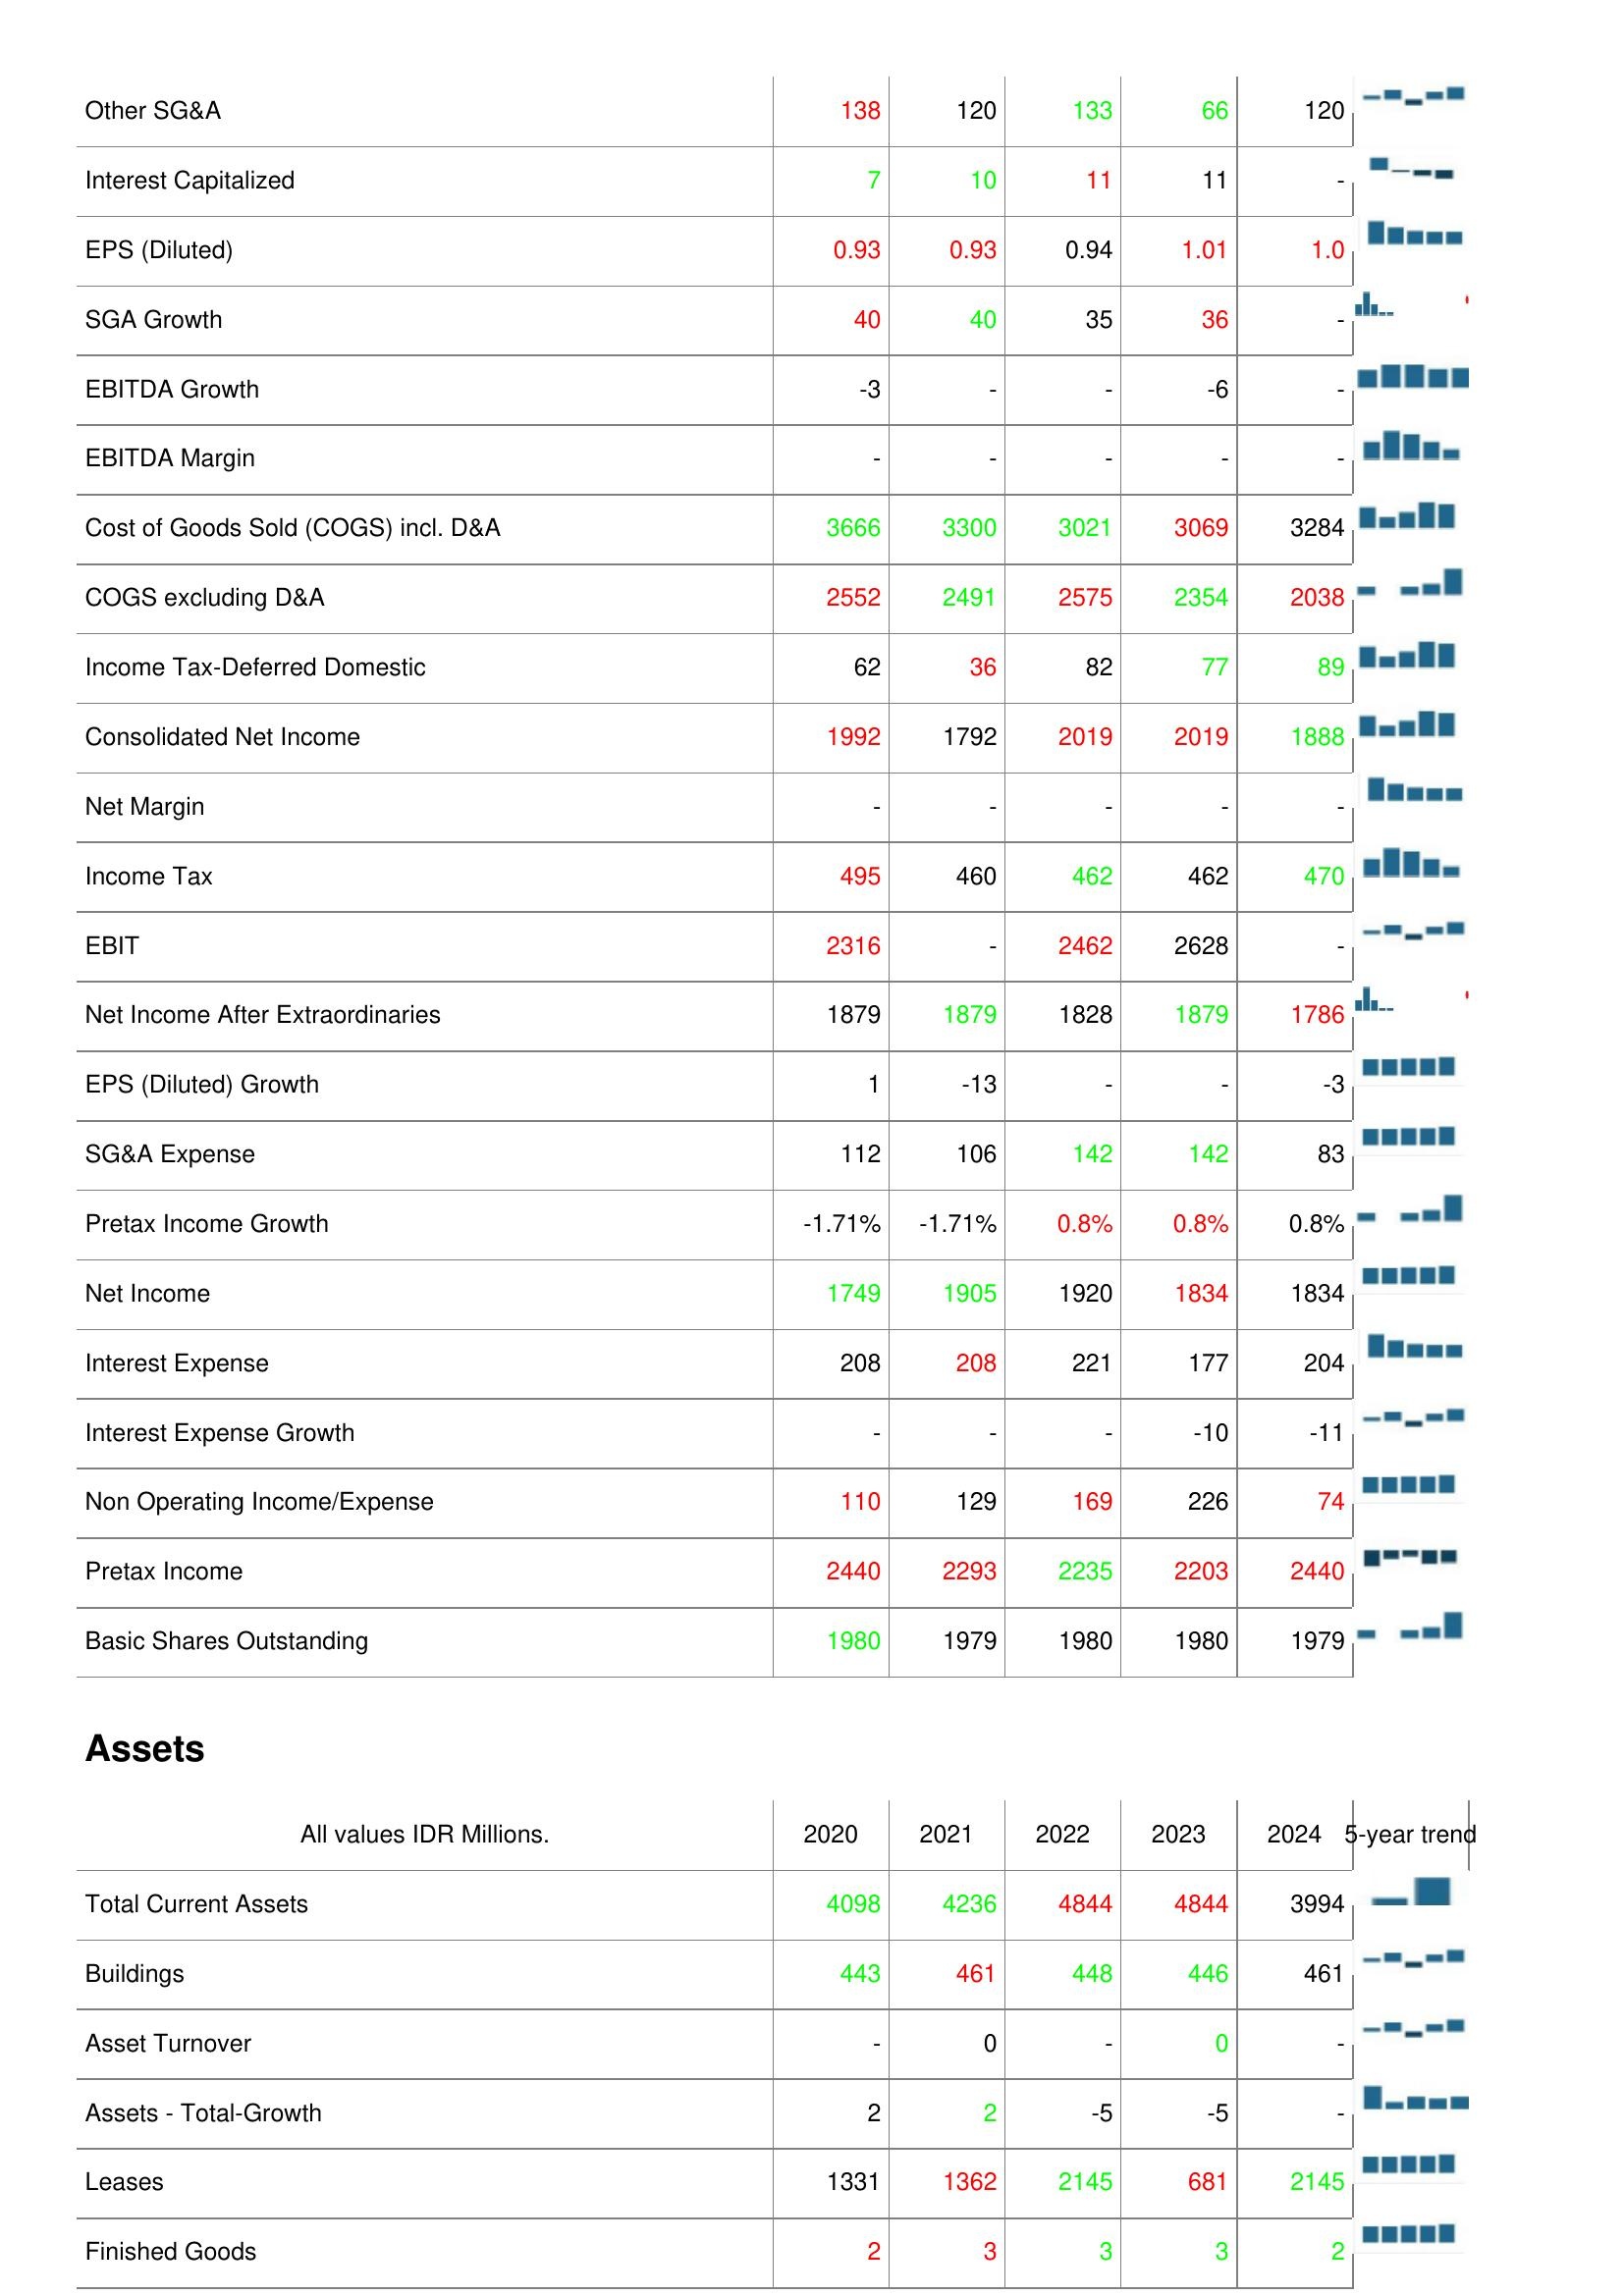
2020: : Other SG&A: 138
Interest Capitalized: 7
EPS (Diluted): 0.93
SGA Growth: 40
EBITDA Growth: -3
EBITDA Margin: -
Cost of Goods Sold (COGS) incl. D&A: 3666
COGS excluding D&A: 2552
Income Tax-Deferred Domestic: 62
Consolidated Net Income: 1992
Net Margin: -
Income Tax: 495
EBIT: 2316
Net Income After Extraordinaries: 1879
EPS (Diluted) Growth: 1
SG&A Expense: 112
Pretax Income Growth: -1.71%
Net Income: 1749
Interest Expense: 208
Interest Expense Growth: -
Non Operating Income/Expense: 110
Pretax Income: 2440
Basic Shares Outstanding: 1980
Assets: Total Current Assets: 4098
Buildings: 443
Asset Turnover: -
Assets - Total-Growth: 2
Leases: 1331
Finished Goods: 2
2021: : Other SG&A: 120
Interest Capitalized: 10
EPS (Diluted): 0.93
SGA Growth: 40
EBITDA Growth: -
EBITDA Margin: -
Cost of Goods Sold (COGS) incl. D&A: 3300
COGS excluding D&A: 2491
Income Tax-Deferred Domestic: 36
Consolidated Net Income: 1792
Net Margin: -
Income Tax: 460
EBIT: -
Net Income After Extraordinaries: 1879
EPS (Diluted) Growth: -13
SG&A Expense: 106
Pretax Income Growth: -1.71%
Net Income: 1905
Interest Expense: 208
Interest Expense Growth: -
Non Operating Income/Expense: 129
Pretax Income: 2293
Basic Shares Outstanding: 1979
Assets: Total Current Assets: 4236
Buildings: 461
Asset Turnover: 0
Assets - Total-Growth: 2
Leases: 1362
Finished Goods: 3
2022: : Other SG&A: 133
Interest Capitalized: 11
EPS (Diluted): 0.94
SGA Growth: 35
EBITDA Growth: -
EBITDA Margin: -
Cost of Goods Sold (COGS) incl. D&A: 3021
COGS excluding D&A: 2575
Income Tax-Deferred Domestic: 82
Consolidated Net Income: 2019
Net Margin: -
Income Tax: 462
EBIT: 2462
Net Income After Extraordinaries: 1828
EPS (Diluted) Growth: -
SG&A Expense: 142
Pretax Income Growth: 0.8%
Net Income: 1920
Interest Expense: 221
Interest Expense Growth: -
Non Operating Income/Expense: 169
Pretax Income: 2235
Basic Shares Outstanding: 1980
Assets: Total Current Assets: 4844
Buildings: 448
Asset Turnover: -
Assets - Total-Growth: -5
Leases: 2145
Finished Goods: 3
2023: : Other SG&A: 66
Interest Capitalized: 11
EPS (Diluted): 1.01
SGA Growth: 36
EBITDA Growth: -6
EBITDA Margin: -
Cost of Goods Sold (COGS) incl. D&A: 3069
COGS excluding D&A: 2354
Income Tax-Deferred Domestic: 77
Consolidated Net Income: 2019
Net Margin: -
Income Tax: 462
EBIT: 2628
Net Income After Extraordinaries: 1879
EPS (Diluted) Growth: -
SG&A Expense: 142
Pretax Income Growth: 0.8%
Net Income: 1834
Interest Expense: 177
Interest Expense Growth: -10
Non Operating Income/Expense: 226
Pretax Income: 2203
Basic Shares Outstanding: 1980
Assets: Total Current Assets: 4844
Buildings: 446
Asset Turnover: 0
Assets - Total-Growth: -5
Leases: 681
Finished Goods: 3
2024: : Other SG&A: 120
Interest Capitalized: -
EPS (Diluted): 1.0
SGA Growth: -
EBITDA Growth: -
EBITDA Margin: -
Cost of Goods Sold (COGS) incl. D&A: 3284
COGS excluding D&A: 2038
Income Tax-Deferred Domestic: 89
Consolidated Net Income: 1888
Net Margin: -
Income Tax: 470
EBIT: -
Net Income After Extraordinaries: 1786
EPS (Diluted) Growth: -3
SG&A Expense: 83
Pretax Income Growth: 0.8%
Net Income: 1834
Interest Expense: 204
Interest Expense Growth: -11
Non Operating Income/Expense: 74
Pretax Income: 2440
Basic Shares Outstanding: 1979
Assets: Total Current Assets: 3994
Buildings: 461
Asset Turnover: -
Assets - Total-Growth: -
Leases: 2145
Finished Goods: 2